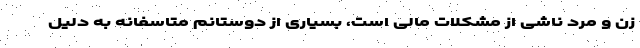
زن و مرد ناشی از مشکلات مالی است، بسیاری از دوستانم متاسفانه به دلیل